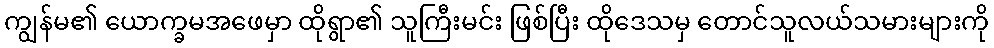
ကျွန်မ၏ ယောက္ခမအဖေမှာ ထိုရွာ၏ သူကြီးမင်း ဖြစ်ပြီး ထိုဒေသမှ တောင်သူလယ်သမားများကို